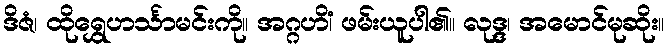
ဒိဇံ၊ ထိုရွှေဟင်္သာမင်းကို။ အဂ္ဂဟိံ၊ ဖမ်းယူပါ၏။ လုဒ္ဒ၊ အမောင်မုဆိုး။